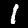
Label: 1